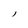
Character: l